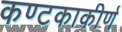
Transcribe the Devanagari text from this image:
कण्टकाकीर्ण